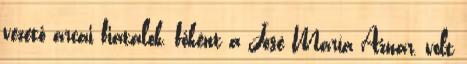
vezető arcai fiatalok, főként a José María Aznar, volt